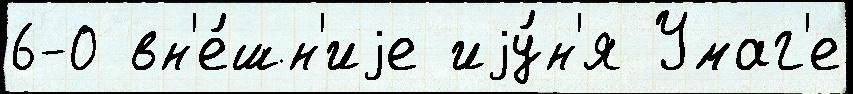
6-0 вн'е́шн'иjе иjу́н'я Умаг'е